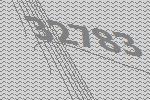
32783